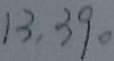
1 3 , 3 9 .